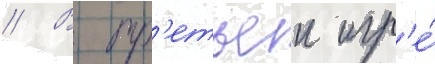
// В тр'етьеи игр'е́